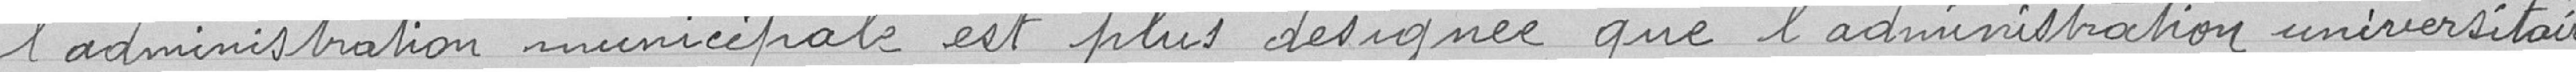
l'administration municipale est plus désignée que l'administration universitaire